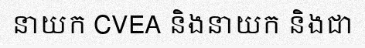
នាយក CVEA និងនាយក និងជា